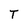
Character: T